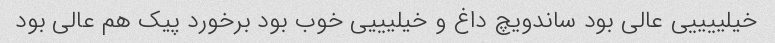
خیلییییی عالی بود ساندویچ داغ و خیلیییی خوب بود برخورد پیک هم عالی بود